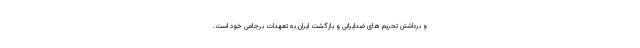
و برداشتن تحریم های ضدایرانی و بازگشت ایران به تعهدات برجامی خود است.